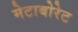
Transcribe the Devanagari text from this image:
मेटाबोरेट